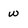
Character: w